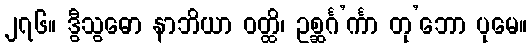
၂၇၆။ ဒွီသွဓော နာဘိယာ ဝတ္ထိ၊ ဥစ္ဆင်္ဂ’င်္ကာ တု’ဘော ပုမေ။